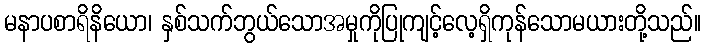
မနာပစာရိနိယော၊ နှစ်သက်ဘွယ်သောအမှုကိုပြုကျင့်လေ့ရှိကုန်သောမယားတို့သည်။